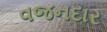
વજનદાર